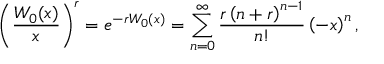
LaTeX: \left( { \frac { W _ { 0 } ( x ) } { x } } \right) ^ { r } = e ^ { - r W _ { 0 } ( x ) } = \sum _ { n = 0 } ^ { \infty } { \frac { r \left( n + r \right) ^ { n - 1 } } { n ! } } \left( - x \right) ^ { n } ,